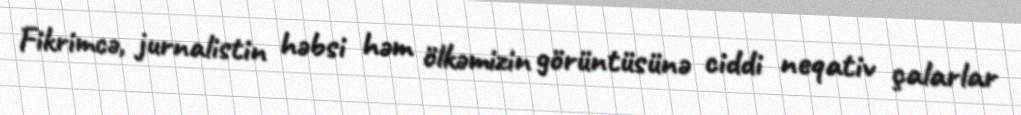
Fikrimcə, jurnalistin həbsi həm ölkəmizin görüntüsünə ciddi neqativ çalarlar